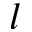
l